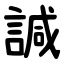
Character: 諴